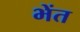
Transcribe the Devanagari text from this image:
भेंत